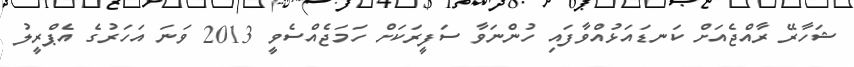
ޝަހާރޭ ރާއްޖެއަށް ކަނޑައަޅުއްވާފައި ހުންނަވާ ސަފީރަކަށް ހަމަޖެއްސެވީ 2013 ވަނަ އަހަރުގެ އެޕްރީލު